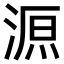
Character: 𣸼